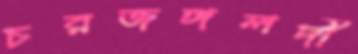
চরজঙ্গলদী